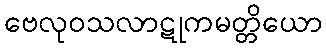
ဗေလုဝသလာဋုကမတ္တိယော